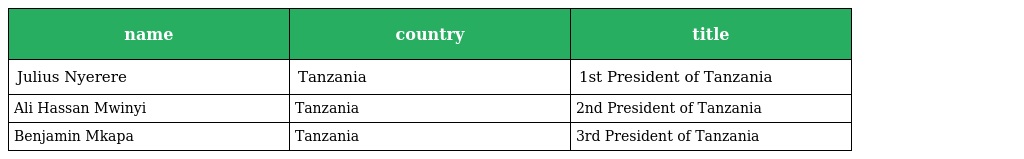
| name | country | title |
 | --- | --- | --- |
 | Julius Nyerere | Tanzania | 1st President of Tanzania |
 | Ali Hassan Mwinyi | Tanzania | 2nd President of Tanzania |
 | Benjamin Mkapa | Tanzania | 3rd President of Tanzania |